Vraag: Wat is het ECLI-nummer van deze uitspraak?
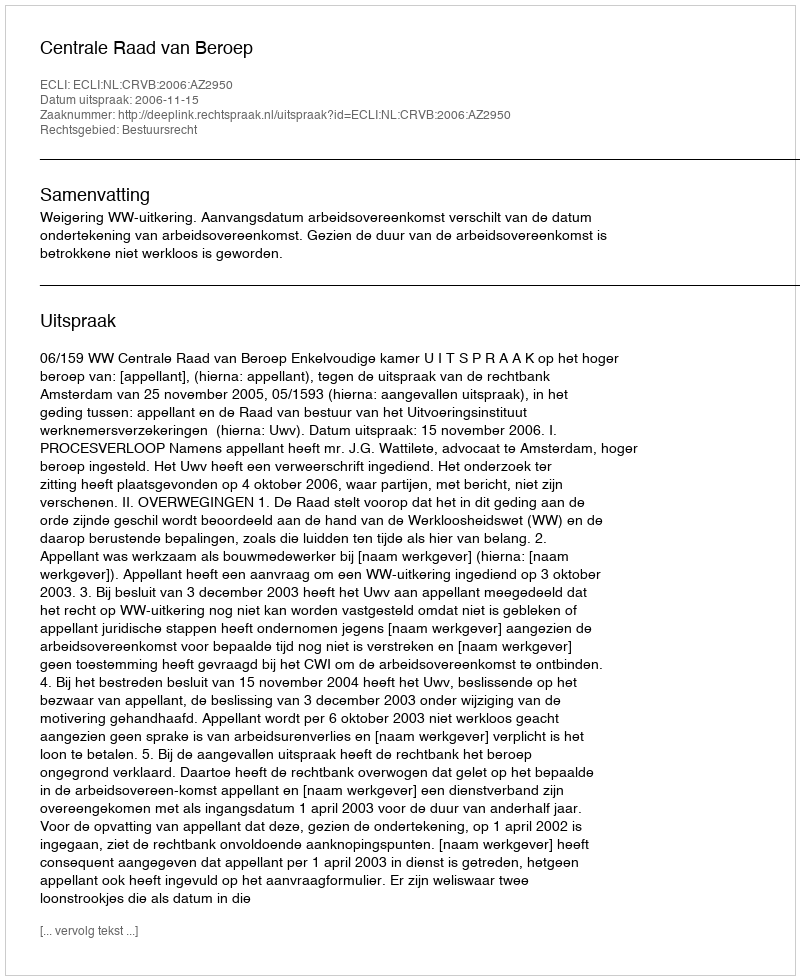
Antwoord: ECLI:NL:CRVB:2006:AZ2950